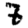
Digit: 7